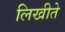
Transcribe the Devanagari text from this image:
लिखीते